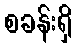
စခန်းရှိ